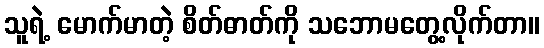
သူရဲ့ မောက်မာတဲ့ စိတ်ဓာတ်ကို သဘောမတွေ့လိုက်တာ။